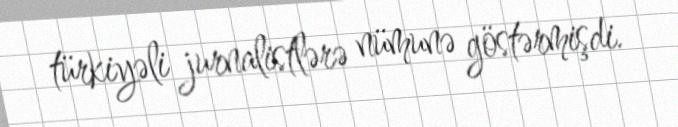
türkiyəli jurnalistlərə nümunə göstərmişdi.